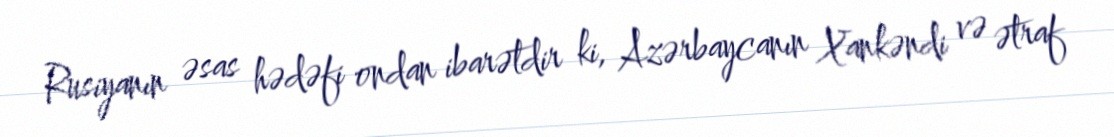
Rusiyanın əsas hədəfi ondan ibarətdir ki, Azərbaycanın Xankəndi və ətraf